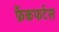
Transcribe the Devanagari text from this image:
फ्रैंकफर्टस